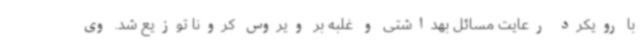
با رویکرد رعایت مسائل بهداشتی و غلبه بر ویروس کرونا توزیع شد. وی